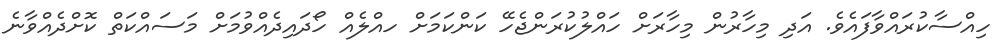
ހިއްސާކުރައްވާފައެވެ. އަދި މިހާރުން މިހާރަށް ހައްލުކުރަންޖެހޭ ކަންކަމަށް ހއްލެއް ހޯދައިދެއްވުމަށް މަސައްކަތް ކޮށްދެއްވާނެ